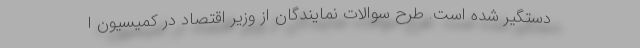
دستگیر شده است. طرح سوالات نمایندگان از وزیر اقتصاد در کمیسیون‌ ا